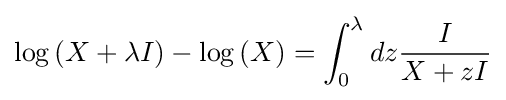
\log {(X+\lambda I)}-\log {(X)}=\int _{0}^{\lambda }dz{\frac {I}{X+zI}}